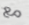
مع